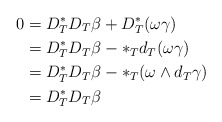
\begin{align*}0 &= D_T^* D_T \beta + D_T^* (\omega \gamma) \\&= D_T^* D_T \beta - *_T d_T (\omega \gamma) \\& = D_T^* D_T \beta - *_T (\omega \wedge d_T \gamma )\\& = D_T^* D_T \beta\end{align*}